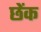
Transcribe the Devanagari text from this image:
छेंक